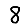
Digit: 8